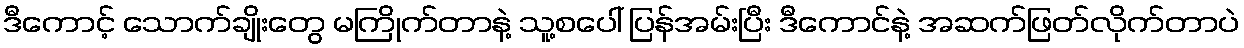
ဒီကောင့် သောက်ချိုးတွေ မကြိုက်တာနဲ့ သူ့စပေါ် ပြန်အမ်းပြီး ဒီကောင်နဲ့ အဆက်ဖြတ်လိုက်တာပဲ